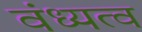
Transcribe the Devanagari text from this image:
वंध्यत्व